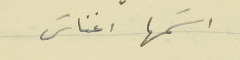
اسَمها اغناسَ